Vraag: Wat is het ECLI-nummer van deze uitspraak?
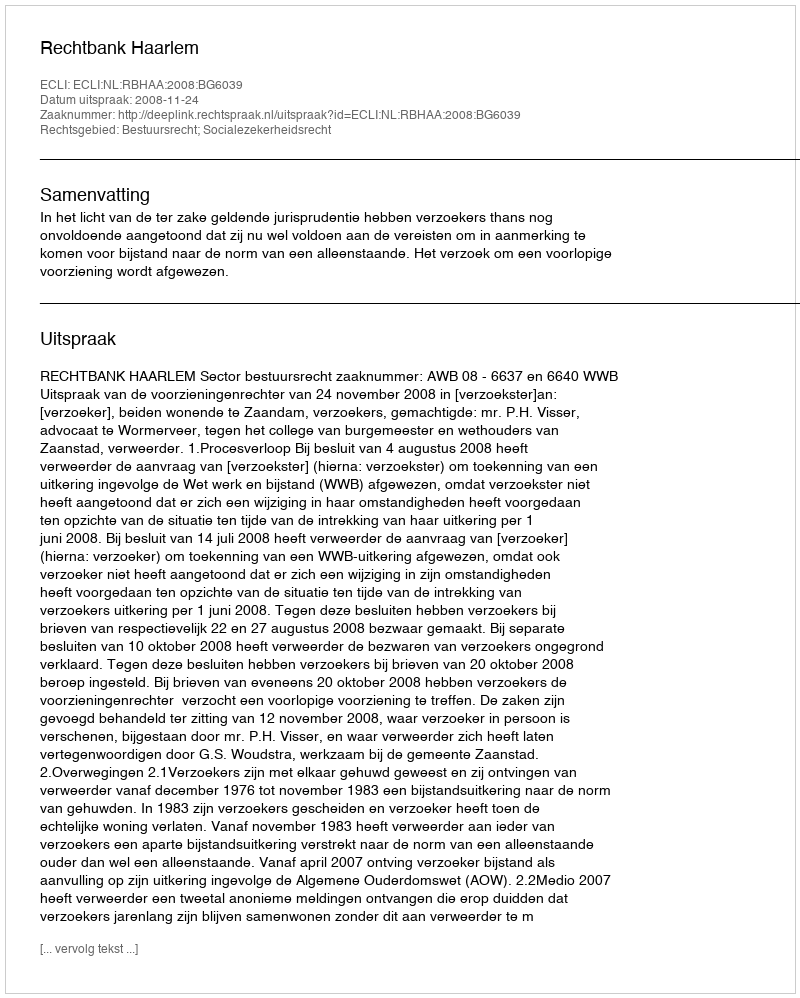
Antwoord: ECLI:NL:RBHAA:2008:BG6039